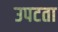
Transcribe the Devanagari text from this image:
उपटता